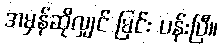
အမှန်ဆိုလျှင် မြင်း ပန်းပြီ။